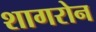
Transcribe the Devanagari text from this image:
शागरोन